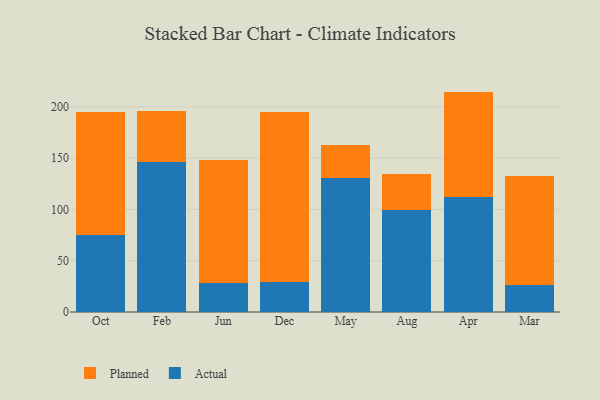
{"axis": {"x": "Month", "y": "Page Views"}, "legend": ["Actual", "Planned"], "data": [{"x": "Oct", "y": 75.5, "type": "Actual"}, {"x": "Oct", "y": 119.7, "type": "Planned"}, {"x": "Feb", "y": 146.4, "type": "Actual"}, {"x": "Feb", "y": 49.5, "type": "Planned"}, {"x": "Jun", "y": 28.5, "type": "Actual"}, {"x": "Jun", "y": 119.2, "type": "Planned"}, {"x": "Dec", "y": 29.3, "type": "Actual"}, {"x": "Dec", "y": 165.2, "type": "Planned"}, {"x": "May", "y": 131.0, "type": "Actual"}, {"x": "May", "y": 31.5, "type": "Planned"}, {"x": "Aug", "y": 99.5, "type": "Actual"}, {"x": "Aug", "y": 34.6, "type": "Planned"}, {"x": "Apr", "y": 111.7, "type": "Actual"}, {"x": "Apr", "y": 103.1, "type": "Planned"}, {"x": "Mar", "y": 25.9, "type": "Actual"}, {"x": "Mar", "y": 106.3, "type": "Planned"}]}